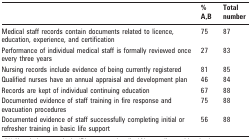
|  | % A,B | Totalnumber |
 | --- | --- | --- |
 | Medical staff records contain documents related to licence, education, experience, and certification | 75 | 87 |
 | Performance of individual medical staff is formally reviewed once every three years | 27 | 83 |
 | Nursing records include evidence of being currently registered | 81 | 85 |
 | Qualified nurses have an annual appraisal and development plan | 46 | 84 |
 | Records are kept of individual continuing education | 67 | 88 |
 | Documented evidence of staff training in fire response and evacuation procedures | 75 | 88 |
 | Documented evidence of staff successfully completing initial or refresher training in basic life support | 56 | 88 |